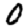
Digit: 0